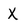
Character: X